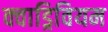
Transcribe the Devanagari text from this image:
क्वाड्रिवियम